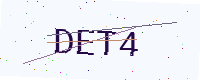
Text: DET4